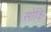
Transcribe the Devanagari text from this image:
सोकि